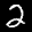
Label: 2